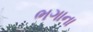
ભગાના